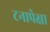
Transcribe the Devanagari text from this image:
टनापेक्षा